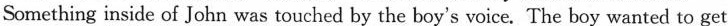
Something inside of John was touched by the boy's voice. The boy wanted to get